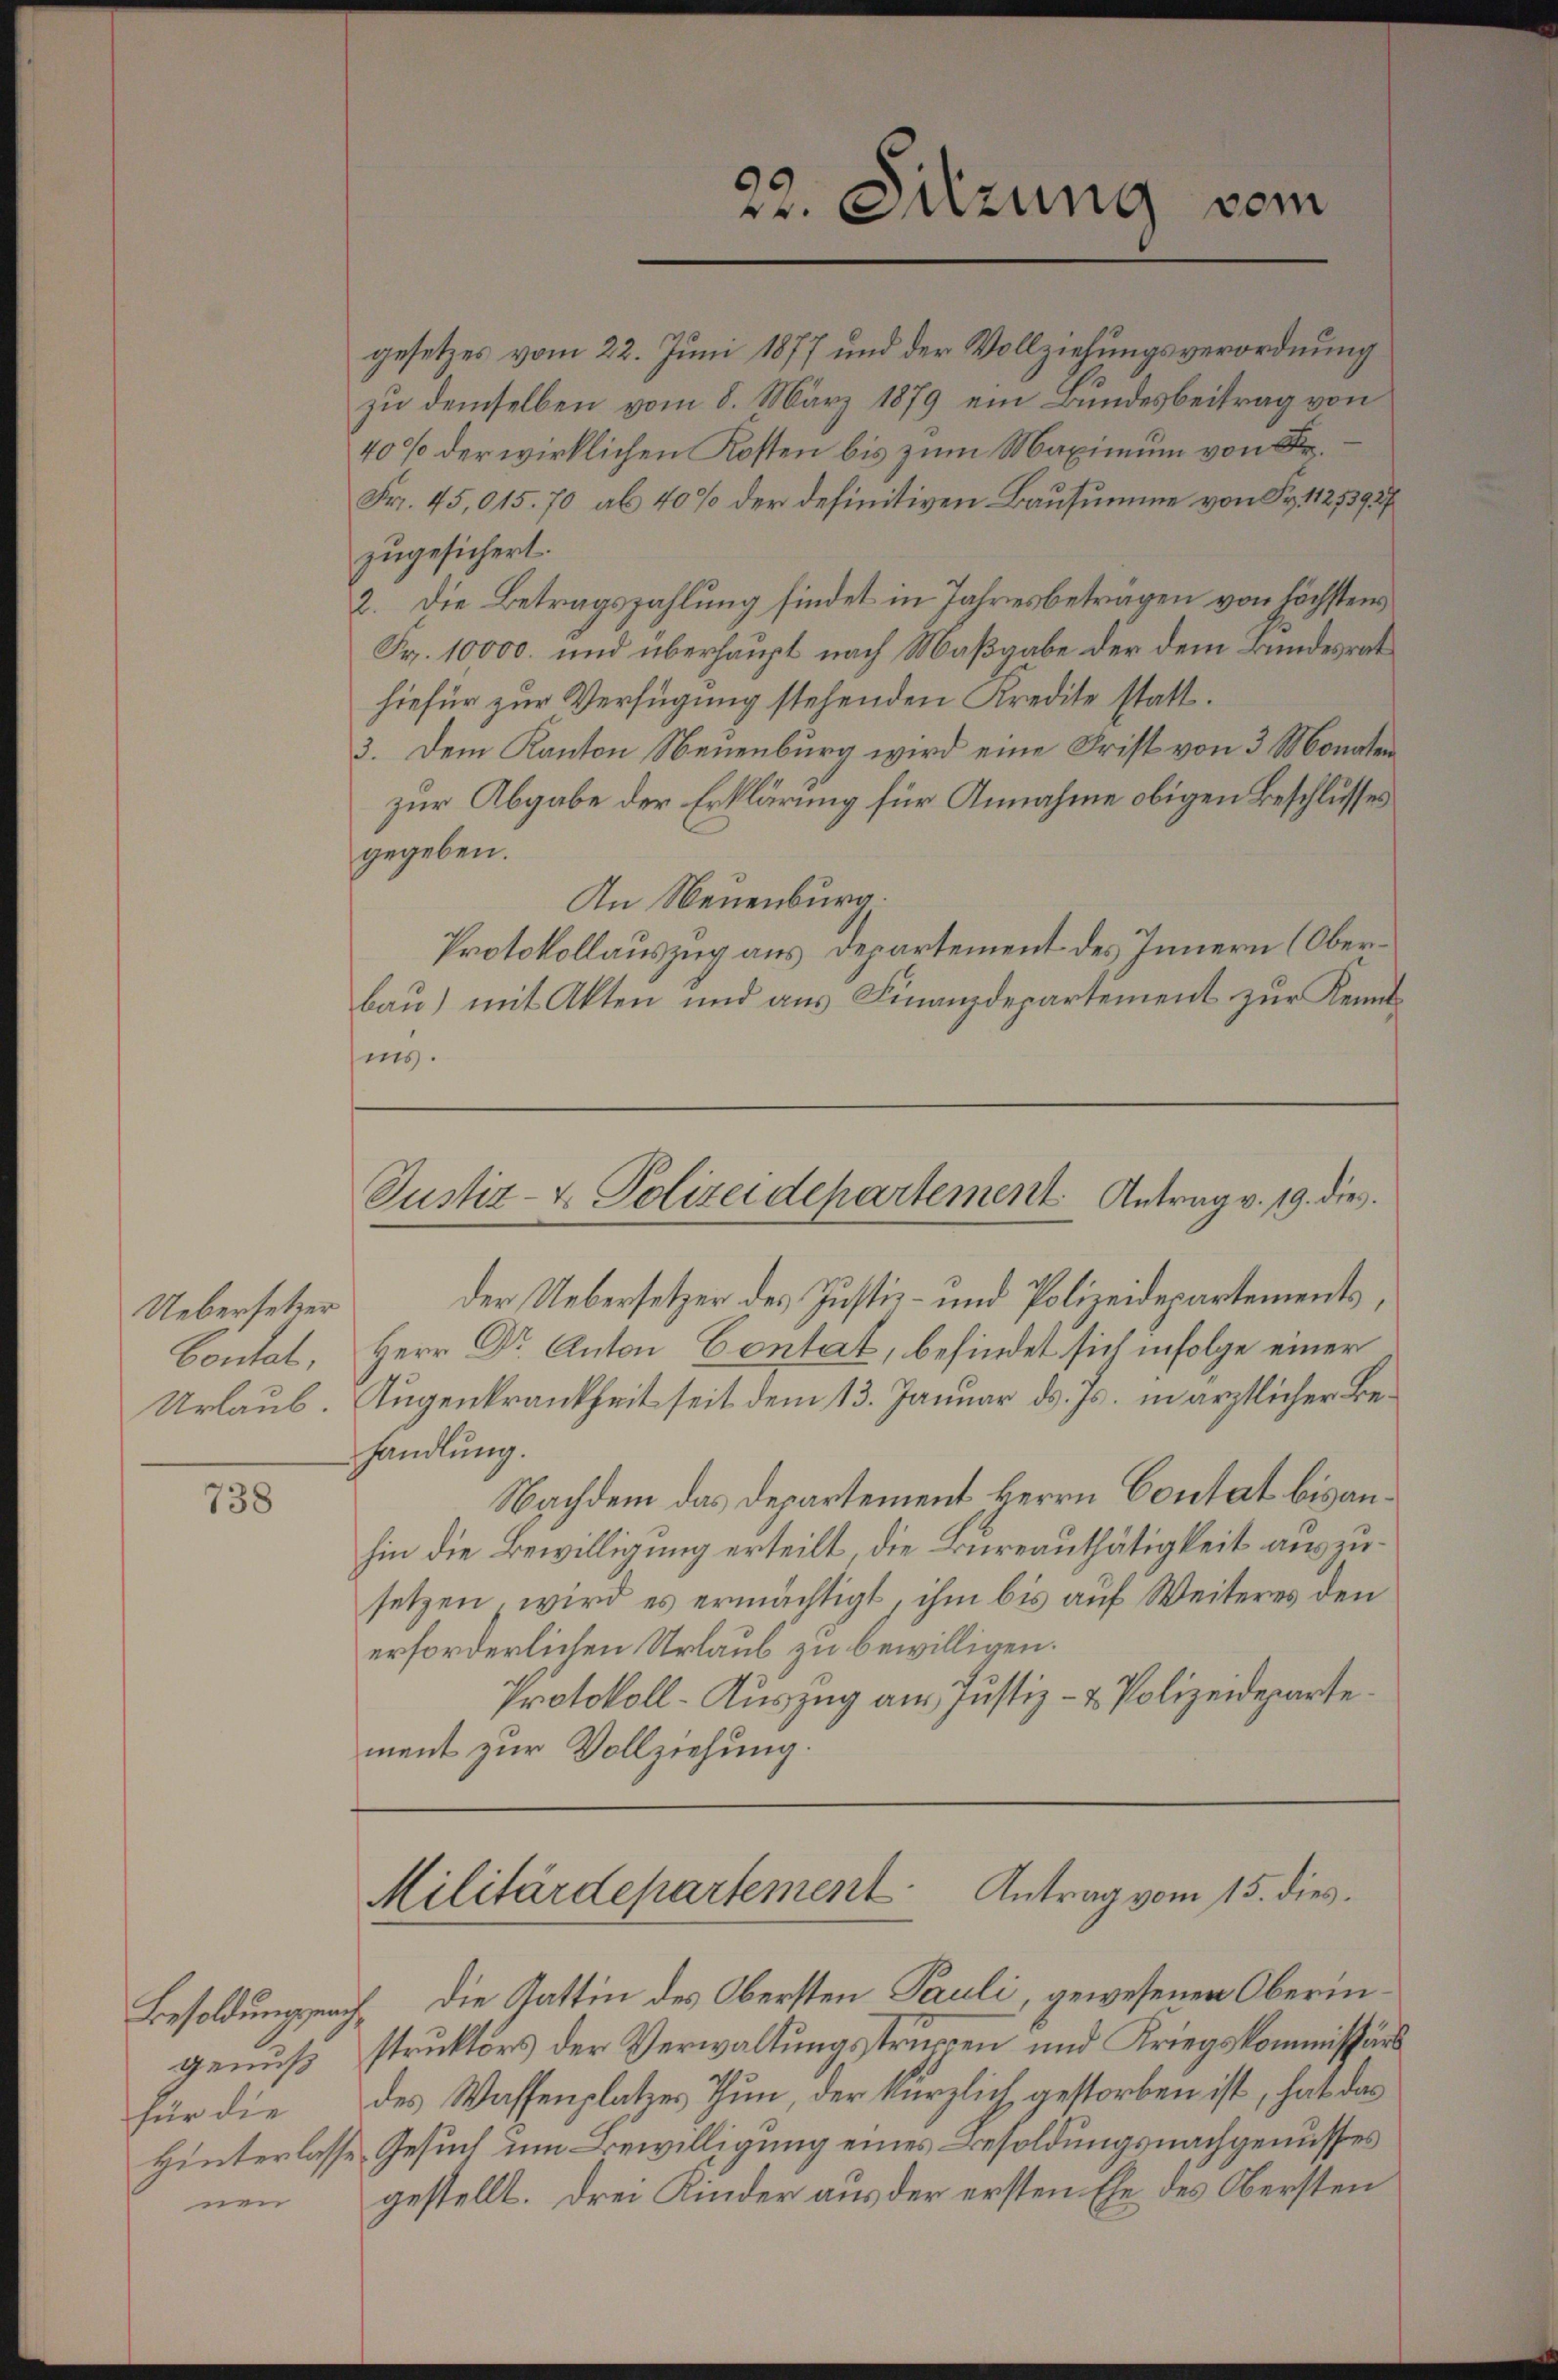
Uebersetzer
Bontal
Urlaub.

738

gesetzes vom 22. Juni 1877 und der Vollziehungsverordnung
zu demselben vom 8. März 1879 ein Bundesbeitrag von
40% der wirklichen Kosten bis zum Maximum von Fr.
Fr. 45,015. 70 ab 40% der definitiven Bausumme von Fr. 127393/
zugesichert.
2. Die Betragszahlung findet in Jahresbeträgen von höchstens
Fr. 10000. und überhaupt nach Maßgabe der dem Bundesrat
hiefür zur Verfügung stehenden Kredite statt.
3. Dem Kanton Neuenburg wird eine Frist von 3 Monaten
zur Abgabe der Erklärung für Annahme obigen Beschlusses
gegeben.
An Neuenburg,
Protokollauszug aus Departement des Innern (Oberbau) mit Akten und aus Finanzdepartement zur Kenntins.

Der Uebersetzer des Justiz- und Polizeidepartements
Herr Dr. Anton Contat, befindet sich infolge einer
Augenkrankheit seit dem 13. Januar d. Js. in ärztlicher Behandlung.
Nachdem das Departement Herrn Contat bis anhin die Bewilligung erteilt, die Bureauthätigkeit auszusetzen, wird es ermächtigt, ihm bis auf Weiteres den
erforderlichen Urlaub zu bewilligen.
Protokoll-Auszug aus Justiz- & Polizeideparte.
ment zur Vollziehung.

Besoldung sprach¬
Hinterlasse

22. Sitzung vom

Justiz- & Polizeidepartement Antrag v. 19. die

Militärdepartement. Antrag vom 15. dies

Die Gattin des Obersten Pauli, gewesenen Oberingenuß struktors der Verwaltungstruppen und Kriegskommissärs
für die des Wassenplatzes Thun, der kürzlich gestorben ist, hat das
Gesuch um Bewilligung eines Besoldungsnachgenusses
nen gestellt. Drei Kinder aus der ersten Ehe des Obersten